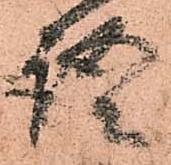
語